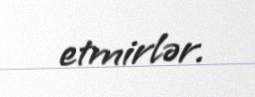
etmirlər.